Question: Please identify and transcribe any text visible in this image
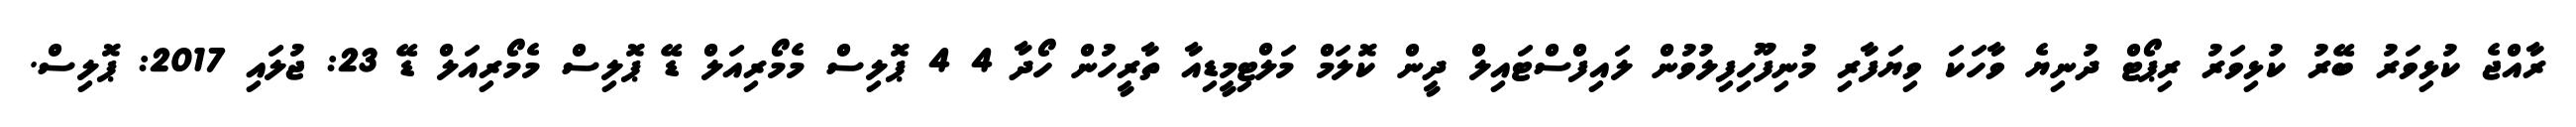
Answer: ރާއްޖެ ކުޅިވަރު ބޭރު ކުޅިވަރު ރިޕޯޓް ދުނިޔެ ވާހަކަ ވިޔަފާރި މުނިފޫހިފިލުވުން ލައިފްސްޓައިލް ދީން ކޮލަމް މަލްޓިމީޑިއާ ތާރީހުން ހޯދާ 4 4 ޕޮލިސް މެމޯރިއަލް ޑޭ ޕޮލިސް މެމޯރިއަލް ޑޭ 23: ޖުލައި 2017: ޕޮލިސް.